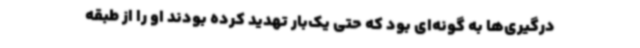
درگیری‌ها به گونه‌ای بود که حتی یک‌بار تهدید کرده بودند او را از طبقه